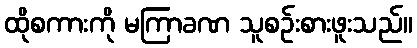
ထိုစကားကို မကြာခဏ သူစဉ်းစားဖူးသည်။